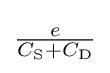
{\tfrac {e}{C_{\rm {S}}+C_{\rm {D}}}}